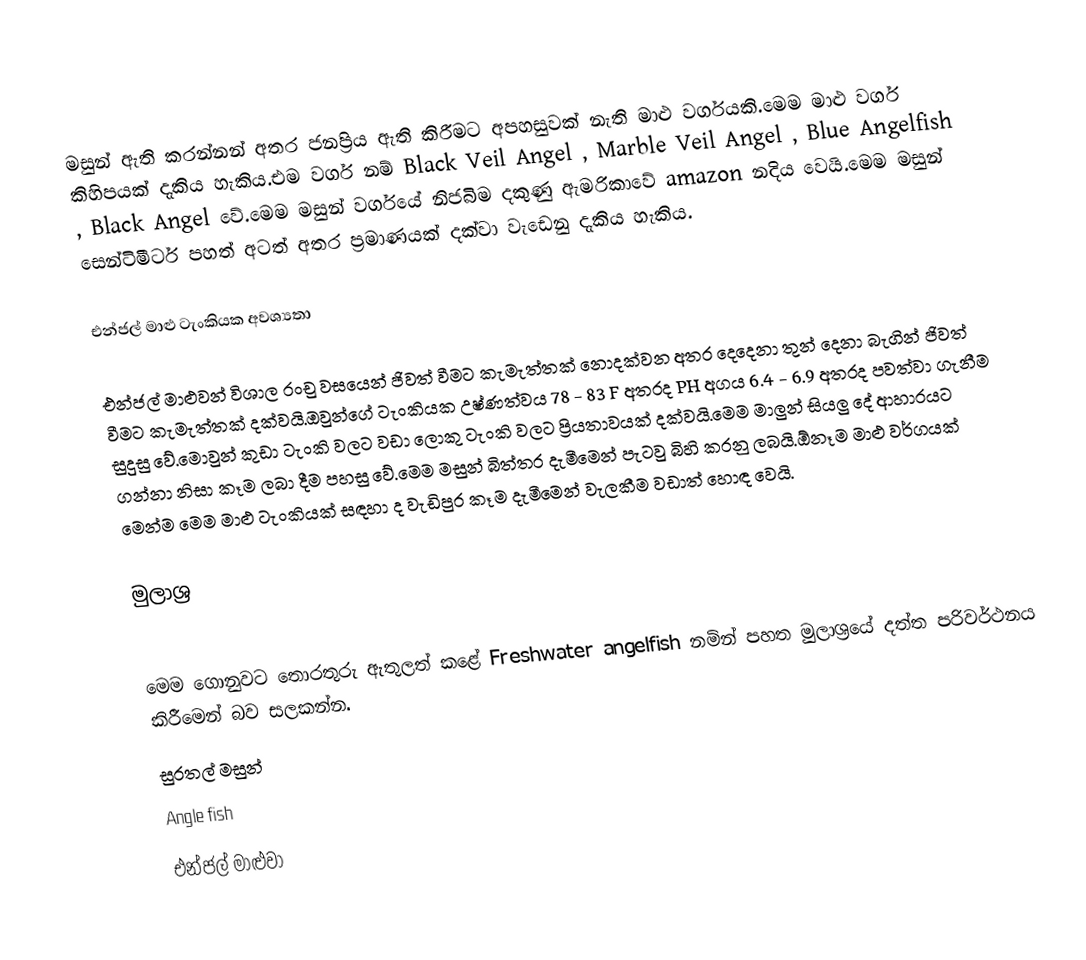
මසුන් ඇති කරන්නන් අතර ජනප්‍රිය ඇති කිරීමට අපහසුවක් නැති මාළු වර්ගයකි.මෙම මාළු වර්ග කිහිපයක් දැකිය හැකිය.එම වර්ග නම් Black Veil Angel , Marble Veil Angel , Blue Angelfish ,  Black Angel වේ.මෙම මසුන් වර්ගයේ නිජබිම දකුණු ඇමරිකාවේ amazon නදිය වෙයි.මෙම මසුන් සෙන්ටිමීටර් පහත් අටත් අතර ප්‍රමාණයක් දක්වා වැඩෙනු දැකිය හැකිය.

එන්ජල් මාළු ටැංකියක අවශ්‍යතා

එන්ජල් මාළුවන් විශාල රංචු වසයෙන් ජිවත් වීමට කැමැත්තක් නොදක්වන අතර දෙදෙනා තුන් දෙනා බැගින් ජිවත් වීමට කැමැත්තක් දක්වයි.ඔවුන්ගේ ටැංකියක උෂ්ණත්වය 78 - 83 F අතරද PH  අගය 6.4 - 6.9 අතරද පවත්වා ගැනීම සුදුසු වේ.මොවුන් කුඩා ටැංකි වලට වඩා ලොකු ටැංකි වලට ප්‍රියතාවයක් දක්වයි.මෙම මාලුන් සියලු දේ ආහාරයට ගන්නා නිසා කෑම ලබා දීම පහසු වේ.මෙම මසුන් බිත්තර දැමීමෙන් පැටවු බිහි කරනු ලබයි.ඕනෑම මාළු වර්ගයක් මෙන්ම මෙම මාළු ටැංකියක් සඳහා ද වැඩිපුර කෑම දැමීමෙන් වැලකීම වඩාත් හොඳ වෙයි.

මුලාශ්‍ර

මෙම ගොනුවට තොරතුරු ඇතුලත් කළේ Freshwater angelfish නමින් පහත මුලාශ්‍රයේ දත්ත පරිවර්ථනය කිරීමෙන් බව සලකන්න.
සුරතල් මසුන්
Angle fish
එන්ජල් මාළුවා